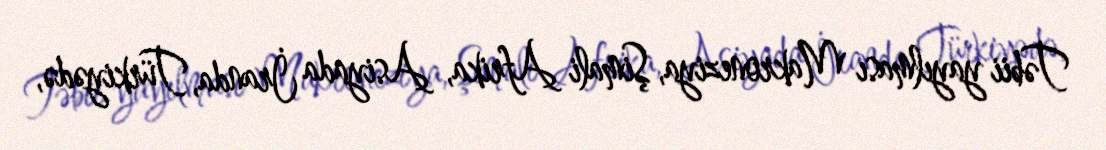
Təbii yayılması Makroneziya, Şimali Afrika, Asiyada İranda, Türkiyədə,